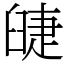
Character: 䑖